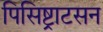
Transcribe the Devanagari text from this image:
पिसिष्ट्राटसन